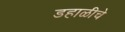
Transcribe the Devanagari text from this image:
डहाळीचे